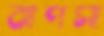
ঝাপসা